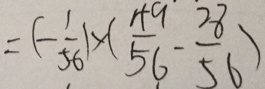
= ( - \frac { 1 } { 5 6 } ) \times ( \frac { 4 9 } { 5 6 } - \frac { 2 8 } { 5 6 } )